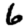
Digit: 6